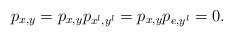
LaTeX: \begin{align*}p_{x,y}=p_{x,y}p_{x^l,y^l}=p_{x,y}p_{e,y^l}=0.\end{align*}